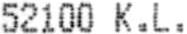
52100 K.L.